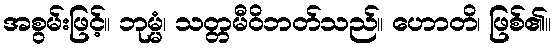
အစွမ်းဖြင့်။ ဘုမ္မံ၊ သတ္တမီဝိဘတ်သည်။ ဟောတိ၊ ဖြစ်၏။